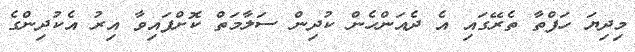
މިދިޔަ ހަފްތާ ތެރޭގައި އެ ދެއަންހެން ކުދިން ސަލާމަތް ކޮށްފައިވާ އިރު އެކުދިންގެ